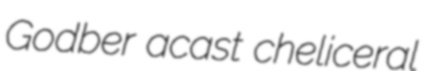
Godber acast cheliceral